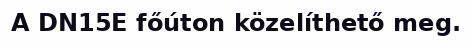
A DN15E főúton közelíthető meg.